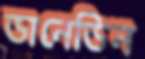
ডানেডিন